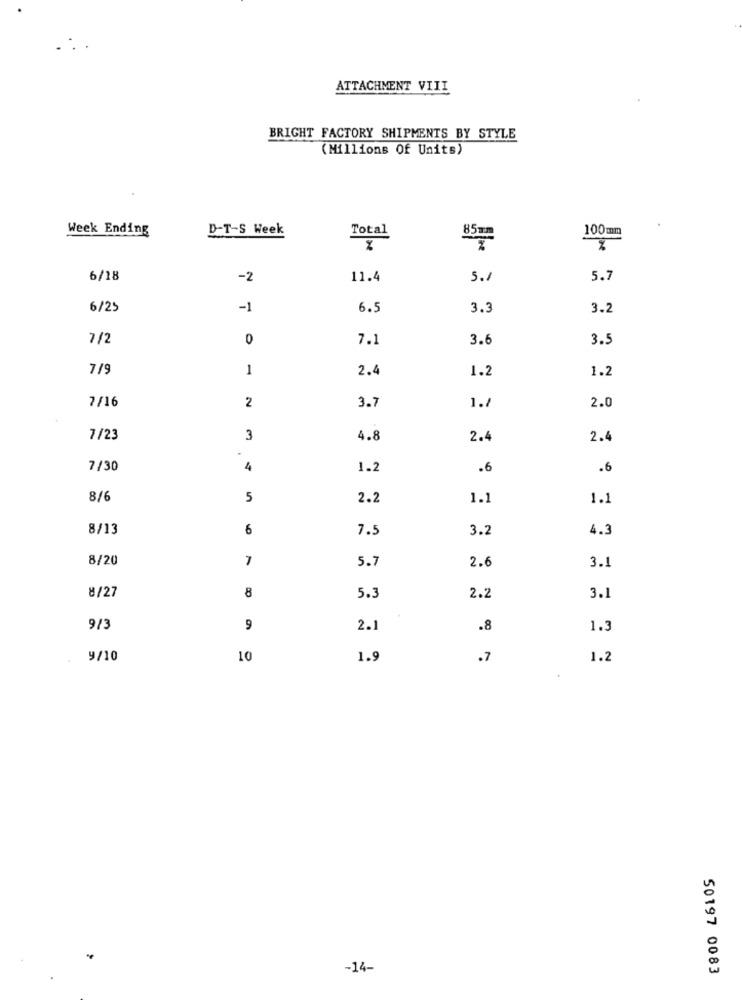
.:
ATTACHMENT VIII
BRIGHT FACTORY SHIPMENTS BY STYLE
(Millions Of Units)
Week Ending
D-T-S Week
Total
85mm
100mm
6/18
-2
11.4
5.1
5.7
6/25
-1
6.5
3.3
3.2
7/2
0
7.1
3.6
3.5
7/9
1
2.4
1.2
1.2
7/16
2
3.7
2.0
1.8
7/23
3
4.8
2.4
2.4
7/30
4
1.2
.6
.6
8/6
5
2.2
1.1
1.1
8/13
6
7.5
3.2
4.3
8/20
7
5.7
2.6
3.1
8
8/27
5.3
2.2
3.1
9/3
9
2.
.8
1.3
9/10
10
1.9
.7
1.2
-14-
50197 0083